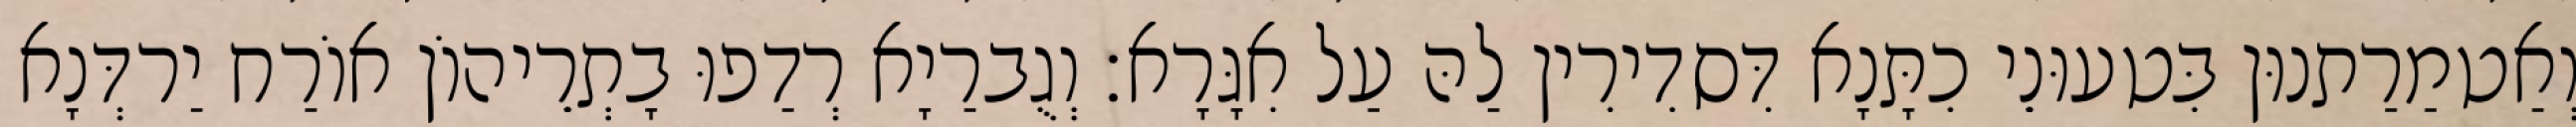
וְאַטמַרַתנוּן בִּטעוּנֵי כִתָּנָא דִּסדִירִין לַהּ עַל אִגָּרָא׃ וְגֻברַיָא רְדַפוּ בָתְרֵיהוֹן אוֹרַח יַרדְּנָא